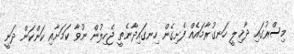
މިސްރުގައި ދާޚިލީ ހަނގުރާމައެއް ފެށިގެން ހިނގައިދާނެތީ ޖެހިލުން ނުވާ ކަމަށާއި ކަންކަން ދަނީ